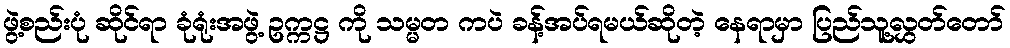
ဖွဲ့စည်းပုံ ဆိုင်ရာ ခုံရုံးအဖွဲ့ ဥက္ကဋ္ဌ ကို သမ္မတ ကပဲ ခန့်အပ်ရမယ်ဆိုတဲ့ နေရာမှာ ပြည်သူ့လွှတ်တော်